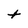
Character: t